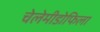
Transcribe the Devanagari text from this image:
चेलेमीडोफिला